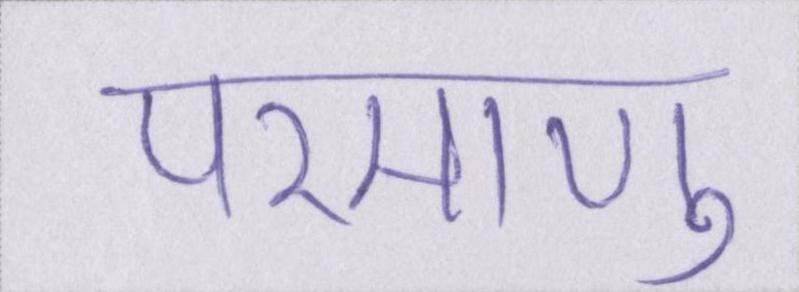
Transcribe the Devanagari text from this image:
परमाणु